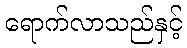
ရောက်လာသည်နှင့်